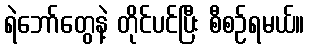
ရဲဘော်တွေနဲ့ တိုင်ပင်ပြီး စီစဉ်ရမယ်။